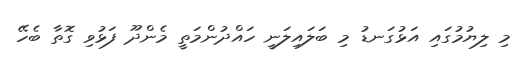
މި ލިޔުމުގައި އަޅުގަނޑު މި ބަލައިލަނީ ހައްދުންމަތީ މެންދޫ ފަޅުވި ގޮތާ ބެހޭ